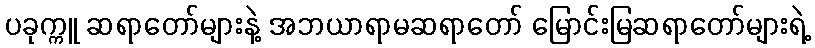
ပခုက္ကူ ဆရာတော်များနဲ့ အဘယာရာမဆရာတော် မြောင်းမြဆရာတော်များရဲ့